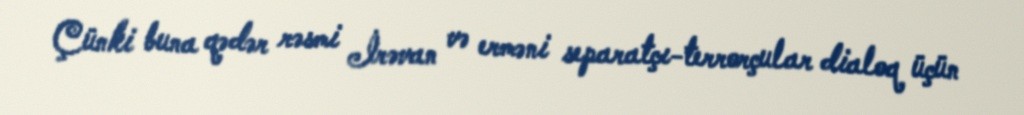
Çünki buna qədər rəsmi İrəvan və erməni separatçı-terrorçular dialoq üçün